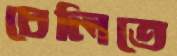
চেলিতে